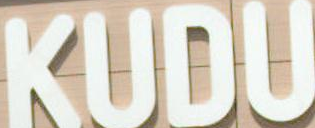
KUDU